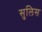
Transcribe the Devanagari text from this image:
सुलिस